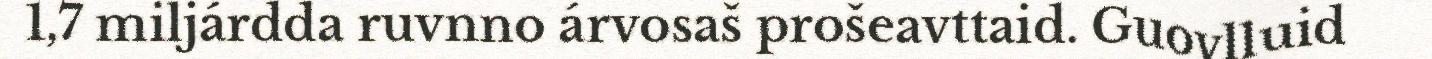
1,7 miljárdda ruvnno árvosaš prošeavttaid. Guovlluid